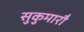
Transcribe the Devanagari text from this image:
सुकुमारौ